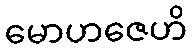
မောဟဇေဟိ